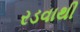
રડવાથી